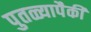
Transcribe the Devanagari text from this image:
पुतळ्यापैकी